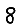
Digit: 8